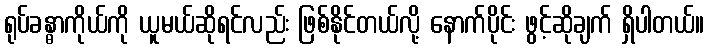
ရုပ်ခန္ဓာကိုယ်ကို ယူမယ်ဆိုရင်လည်း ဖြစ်နိုင်တယ်လို့ နောက်ပိုင်း ဖွင့်ဆိုချက် ရှိပါတယ်။